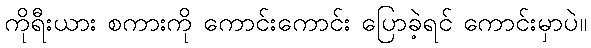
ကိုရီးယား စကားကို ကောင်းကောင်း ပြောခဲ့ရင် ကောင်းမှာပဲ။